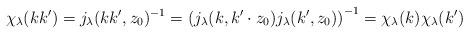
LaTeX: \begin{align*} \chi_\lambda (kk')=j_\lambda (kk',z_0)^{-1} =\left(j_\lambda (k,k'\cdot z_0)j_\lambda(k',z_0)\right)^{-1} =\chi_\lambda(k)\chi_\lambda(k') \end{align*}